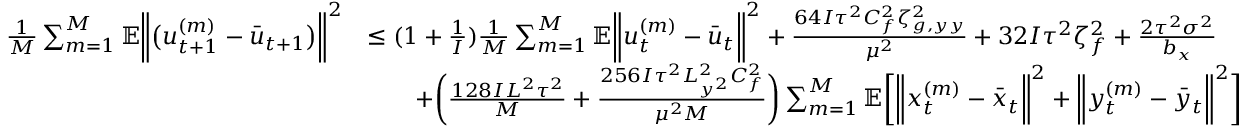
\begin{array} { r l } { \frac { 1 } { M } \sum _ { m = 1 } ^ { M } \mathbb { E } \bigg \| \big ( u _ { t + 1 } ^ { ( m ) } - \bar { u } _ { t + 1 } \big ) \bigg \| ^ { 2 } } & { \leq ( 1 + \frac { 1 } { I } ) \frac { 1 } { M } \sum _ { m = 1 } ^ { M } \mathbb { E } \bigg \| u _ { t } ^ { ( m ) } - \bar { u } _ { t } \bigg \| ^ { 2 } + \frac { 6 4 I \tau ^ { 2 } C _ { f } ^ { 2 } \zeta _ { g , y y } ^ { 2 } } { \mu ^ { 2 } } + 3 2 I \tau ^ { 2 } \zeta _ { f } ^ { 2 } + \frac { 2 \tau ^ { 2 } \sigma ^ { 2 } } { b _ { x } } } \\ & { \qquad + \bigg ( \frac { 1 2 8 I L ^ { 2 } \tau ^ { 2 } } { M } + \frac { 2 5 6 I \tau ^ { 2 } L _ { y ^ { 2 } } ^ { 2 } C _ { f } ^ { 2 } } { \mu ^ { 2 } M } \bigg ) \sum _ { m = 1 } ^ { M } \mathbb { E } \bigg [ \bigg \| x _ { t } ^ { ( m ) } - \bar { x } _ { t } \bigg \| ^ { 2 } + \bigg \| y _ { t } ^ { ( m ) } - \bar { y } _ { t } \bigg \| ^ { 2 } \bigg ] } \end{array}